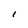
Character: 1